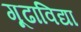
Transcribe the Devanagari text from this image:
गूढाविद्या